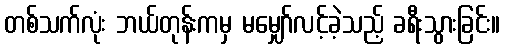
တစ်သက်လုံး ဘယ်တုန်းကမှ မမျှော်လင့်ခဲ့သည့် ခရီးသွားခြင်း။